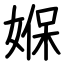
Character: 媬